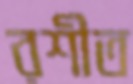
রশীত